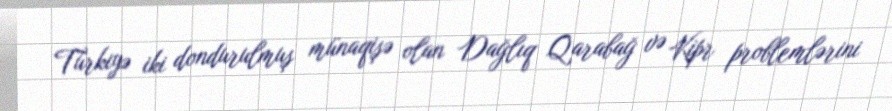
Türkiyə iki dondurulmuş münaqişə olan Dağlıq Qarabağ və Kipr problemlərini